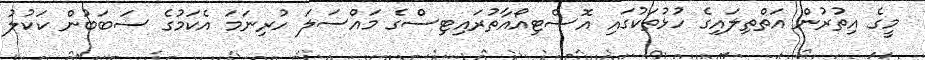
މީގެ އިތުރުން އަތްތިލައިގެ ހުޅުތަކުގައި އޮސްޓިއޯއާތުރައިޓިސްގެ މައްސަލަ ހުރިނަމަ އެކަމުގެ ސަބަބުން ކަކުލު